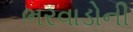
ભરવાડોની